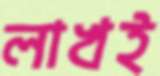
লাখই